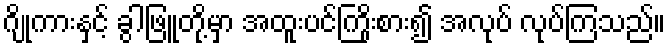
ဂျိုကားနှင့် ခွါဖြူတို့မှာ အထူးပင်ကြိုးစား၍ အလုပ် လုပ်ကြသည်။